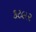
કટલર